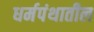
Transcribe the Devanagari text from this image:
धर्मपंथातील